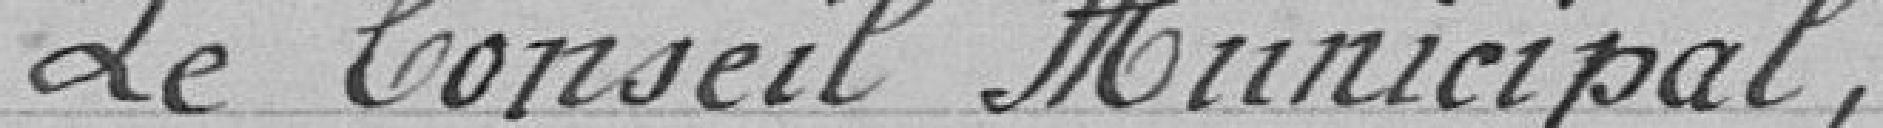
Le Conseil Municipal,